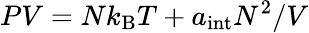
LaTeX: PV=Nk_{\mathrm{B}}T+a_{\mathrm{int}}N^{2}/V